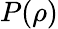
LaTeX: P(\rho)